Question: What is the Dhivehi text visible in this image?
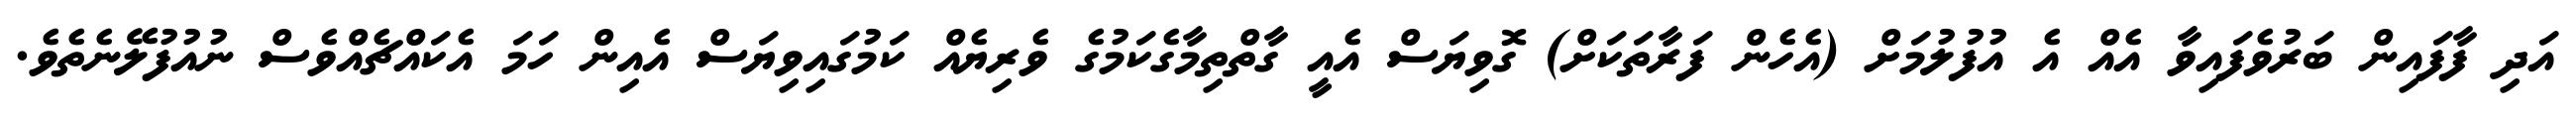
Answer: އަދި ފާފައިން ބަރުވެފައިވާ އެއް އެ އުފުލުމަށް (އެހެން ފަރާތަކަށް) ގޮވިޔަސް އެއީ ގާތްތިމާގެކަމުގެ ވެރިޔެއް ކަމުގައިވިޔަސް އެއިން ހަމަ އެކައްޗެއްވެސް ނުއުފުލޭނެތެވެ.